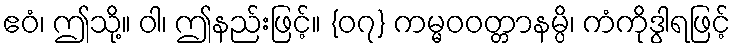
ဧဝံ၊ ဤသို့။ ဝါ၊ ဤနည်းဖြင့်။ {၀၇} ကမ္မဝဝတ္တာနမ္ပိ၊ ကံကိုဒွါရဖြင့်